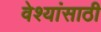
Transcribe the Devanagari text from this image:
वेश्यांसाठी